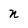
Character: n